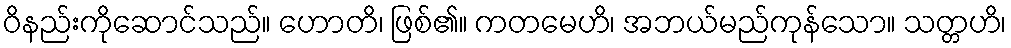
ဝိနည်းကိုဆောင်သည်။ ဟောတိ၊ ဖြစ်၏။ ကတမေဟိ၊ အဘယ်မည်ကုန်သော။ သတ္တဟိ၊